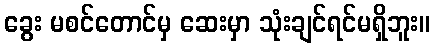
ခွေး မစင်တောင်မှ ဆေးမှာ သုံးချင်ရင်မရှိဘူး။